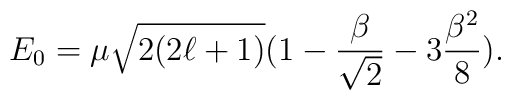
E_{0} = \mu \sqrt{2(2 \ell + 1 )} (1 - \frac{\beta}{\sqrt{2}} -                              3 \frac{\beta^{2}}{8}).